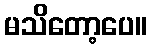
မသိတော့ပေ။